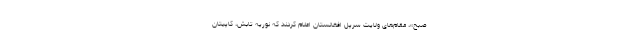
صبح»، مقام‌های ولایت سرپل افغانستان اعلام کردند که نوریه تابش، کاپیتان